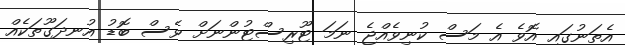
އެތަނުގައި އޮވެ އެ މަސް ކުނިވެއްޖެ ނަމަ ޓޫރިސްޓުންނަށް ވެސް ބޮޑު އުނދަގޫތަކެއް